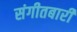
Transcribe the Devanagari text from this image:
संगीतबारी